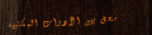
محل بيع الأدوات المكتبية